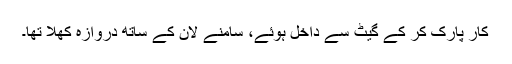
کار پارک کر کے گیٹ سے داخل ہوئے، سامنے لان کے ساتھ دروازہ کھلا تھا۔